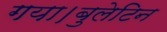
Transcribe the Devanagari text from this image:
गया।बुलेटिन